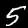
Label: 5